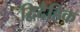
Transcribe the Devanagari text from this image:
द्विदैहिक